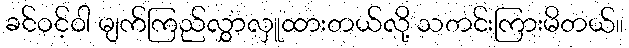
ခင်ဝင့်ဝါ မျက်ကြည်လွှာလှူထားတယ်လို့ သတင်းကြားမိတယ်။